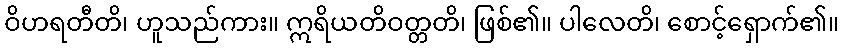
ဝိဟရတီတိ၊ ဟူသည်ကား။ ဣရိယတိဝတ္တတိ၊ ဖြစ်၏။ ပါလေတိ၊ စောင့်ရှောက်၏။